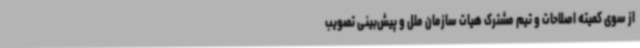
از سوی کمیته اصلاحات و تیم مشترک هیات سازمان ملل و پیش‌بینی تصویب